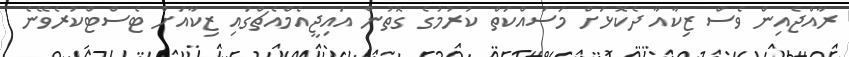
ރާއްޖެއިން ވެސް ޒިކާއާ ދެކޮޅަށް މަސައްކަތް ކުރުމުގެ ގޮތުން އައިޖީއެމްއެޗްގައި ޒިކާއަށް ޓެސްޓްކުރެވޭނެ